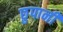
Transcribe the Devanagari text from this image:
छुपानी